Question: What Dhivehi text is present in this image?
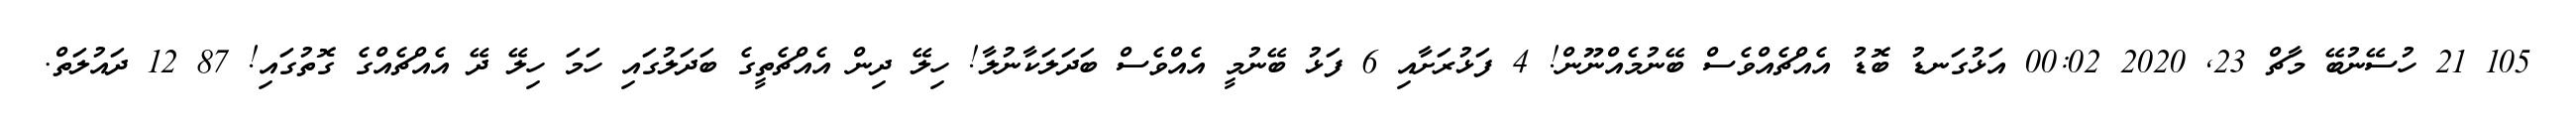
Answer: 105 21 ހުސޭނުބޭ މާޗް 23, 2020 00:02 އަޅުގަނޑު ބޮޑު އެއްޗެއްވެސް ބޭނުމެއްނޫން! 4 ފަޅުރަށާއި 6 ފަޅު ބޭނުމީ އެއްވެސް ބަދަލަކާނުލާ! ހިލޭ ދިން އެއްޗެތީގެ ބަދަލުގައި ހަމަ ހިލޭ ދޭ އެއްޗެއްގެ ގޮތުގައި! 87 12 ދައުލަތް.